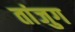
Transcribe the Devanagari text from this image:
तांजुग